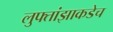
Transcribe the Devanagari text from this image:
लुफ्तांझाकडेच